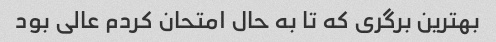
بهترین برگری که تا به حال امتحان کردم عالی بود